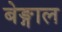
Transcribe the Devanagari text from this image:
बेङ्गाल